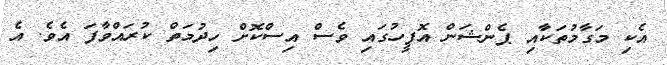
އެކި މަގާމުތަކާއި ޕެންޝަން އޮފީހުގައި ވެސް އިސްކޮށް ހިދުމަތް ކުރައްވާފަ އެވެ. އެ